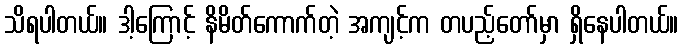
သိရပါတယ်။ ဒါ့ကြောင့် နိမိတ်ကောက်တဲ့ အကျင့်က တပည့်တော်မှာ ရှိနေပါတယ်။